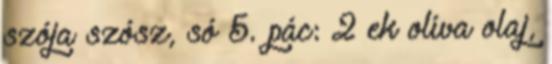
szója szósz, só 5. pác: 2 ek olíva olaj,